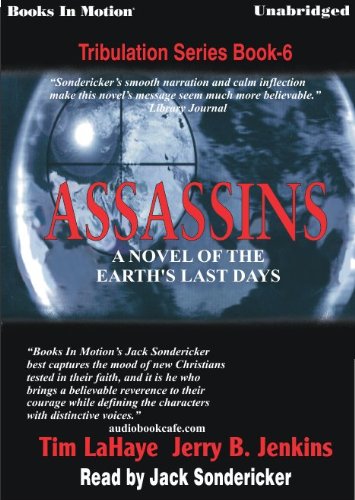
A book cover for Assassins by Tim LaHaye and Jerry B. Jenkins, (Left Behind Series, Book 6) from Books In Motion.com; Tim LaHaye; Religion & Spirituality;